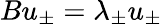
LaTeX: Bu_{\pm}=\lambda_{\pm}u_{\pm}